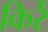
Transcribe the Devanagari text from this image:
किर्रे